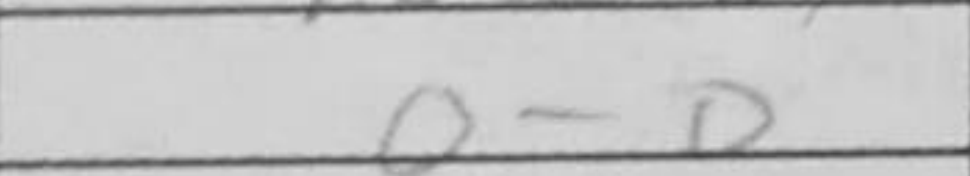
Transcription: O-O